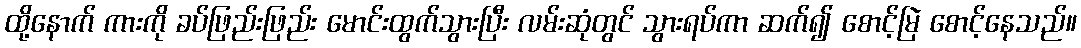
ထို့နောက် ကားကို ခပ်ဖြည်းဖြည်း မောင်းထွက်သွားပြီး လမ်းဆုံတွင် သွားရပ်ကာ ဆက်၍ စောင့်မြဲ စောင့်နေသည်။